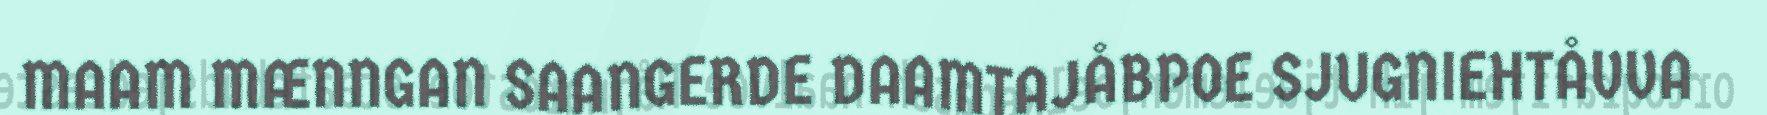
MAAM MÆNNGAN SAANGERDE DAAMTAJÅBPOE SJUGNIEHTÅVVA